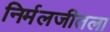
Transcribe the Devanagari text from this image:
निर्मलजीतला